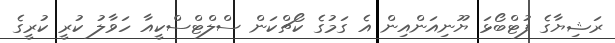
ރަޝިޔާގެ ފުޓްބޯޅަ ޔޫނިއަންއިން އެ ގަމުގެ ކޯޗްކަން ސްލްޓްސްކީއާ ހަވާލު ކުރީ ކުރީގެ